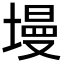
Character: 墁